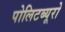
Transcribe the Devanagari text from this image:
पोलिटब्यूरो